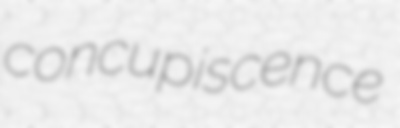
concupiscence